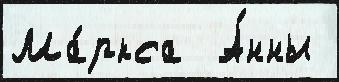
Ма́ркса  А́нны